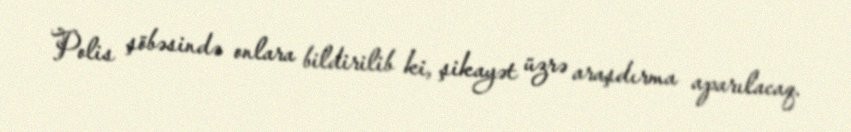
Polis şöbəsində onlara bildirilib ki, şikayət üzrə araşdırma aparılacaq.